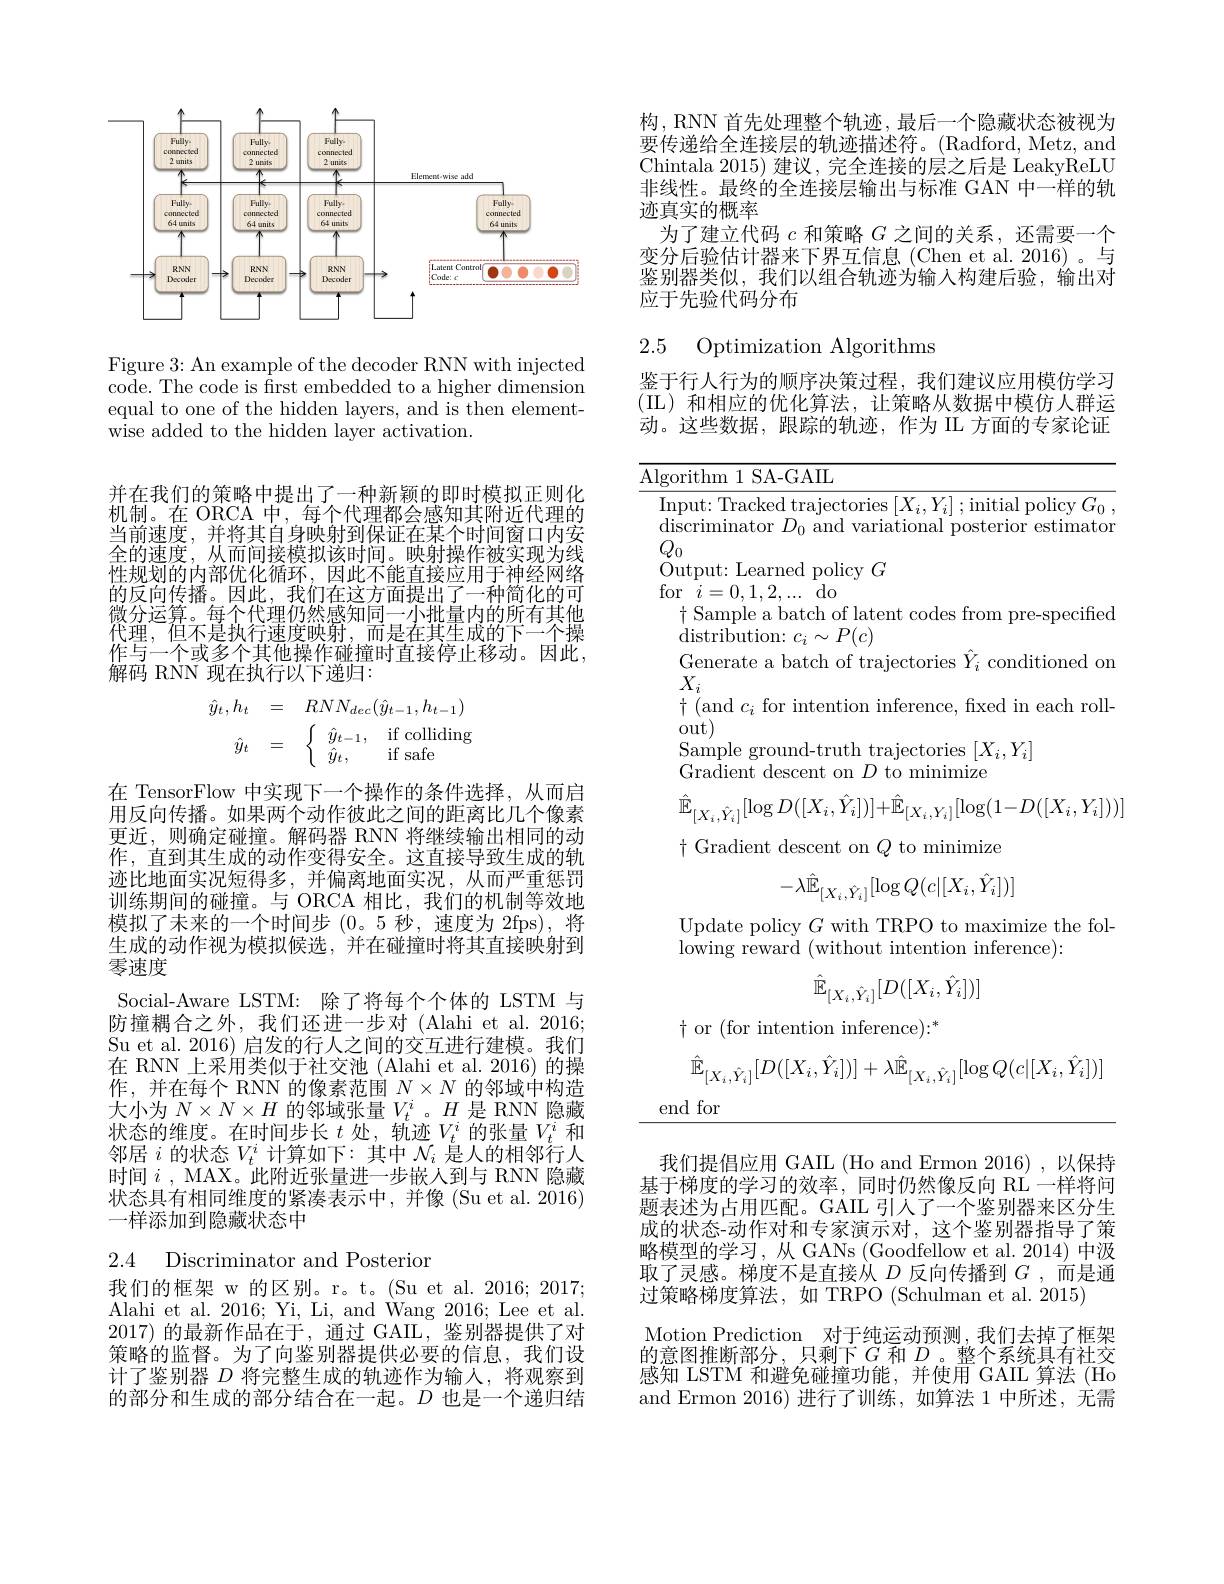
<FigureHere>

Figure 3: An example of the decoder RNN with injected code. The code is first embedded to a higher dimension equal to one of the hidden layers, and is then elementwise added to the hidden layer activation.

并在我们的策略中提出了一种新颖的即时模拟正则化机制。在 ORCA 中，每个代理都会感知其附近代理的当前速度，并将其自身映射到保证在某个时间窗口内安全的速度，从而间接模拟该时间。映射操作被实现为线性规划的内部优化循环，因此不能直接应用于神经网络的反向传播。因此，我们在这方面提出了一种简化的可微分运算。每个代理仍然感知同一小批量内的所有其他代理，但不是执行速度映射，而是在其生成的下一个操作与一个或多个其他操作碰撞时直接停止移动。因此， 解码 RNN 现在执行以下递归：
$$\begin{array}{rcl}\hat{y}_t,h_t&=&RNN_{dec}(\hat{y}_{t-1},h_{t-1})\\\hat{y}_t&=&\left\{\begin{array}{ll}\hat{y}_{t-1},&\text{if colliding}\\\hat{y}_t,&\text{if safe}\end{array}\right.\end{array}$$
在 TensorFlow 中实现下一个操作的条件选择，从而启用反向传播。如果两个动作彼此之间的距离比几个像素更近，则确定碰撞。解码器 RNN 将继续输出相同的动作，直到其生成的动作变得安全。这直接导致生成的轨迹比地面实况短得多，并偏离地面实况，从而严重惩罚训练期间的碰撞。与 ORCA 相比，我们的机制等效地模拟了未来的一个时间步 (0。5 秒，速度为 2fps), 将生成的动作视为模拟候选，并在碰撞时将其直接映射到零速度
Social-Aware LSTM: 除了将每个个体的 LSTM 与防撞耦合之外，我们还进一步对 (Alahi et al. 2016; Su et al. 2016) 启发的行人之间的交互进行建模。我们在 RNN 上采用类似于社交池 (Alahi et al.2016)的操$\begin{array}{l}\text{作，并在每个 RNN 的像素范围 }N\times N\text{ 的邻域中构造}\\\text{大小为 }N\times N\times H\text{ 的邻域张量 }V_{t}^{i}\text{。}H\text{ 是 RNN 隐藏}\end{array}$ 状态的维度。在时间步长$t$处，轨迹$V_t^i$的张量$V_t^i$和邻居$i$的状态$V_t^i$计算如下：其中$\mathcal{N}_i$是人的相邻行人时间$i$ , MAX。此附近张量进一步嵌人到与 RNN 隐藏状态具有相同维度的紧凑表示中，并像 (Su et al. 2016) 一样添加到隐藏状态中

2.4 Discriminator and Posterior

我们的框架 w 的区别。r。t。(Su et al. 2016; 2017; Alahi et al. 2016; Yi, Li, and Wang 2016; Lee et al. 2017)的最新作品在于，通过 GAIL,鉴别器提供了对策略的监督。为了向鉴别器提供必要的信息，我们设计了鉴别器$D$将完整生成的轨迹作为输人，将观察到的部分和生成的部分结合在一起。$D$也是一个递归结

构，RNN 首先处理整个轨迹，最后一个隐藏状态被视为要传递给全连接层的轨迹描述符。(Radford,Metz,and Chintala 2015)建议，完全连接的层之后是 LeakyReLU 非线性。最终的全连接层输出与标准 GAN 中一样的轨迹真实的概率
为了建立代码$c$和策略$G$之间的关系，还需要一个变分后验估计器来下界互信息(Chen et al.2016)。与鉴别器类似，我们以组合轨迹为输入构建后验，输出对应于先验代码分布

# 2.5 Optimization Algorithms

鉴于行人行为的顺序决策过程，我们建议应用模仿学习(IL)和相应的优化算法，让策略从数据中模仿人群运动。这些数据，跟踪的轨迹，作为 IL 方面的专家论证

Algorithm 1 SA-GAIL

Input: Tracked trajectories $[X_{i},Y_{i}];$initial policy $G_0$,

${\mathrm{discriminator~}D_{0}}{\mathrm{~and~variational~posterior~estimator}}$

$Q_{0}$

Output: Learned policy $G$

for$i=0,1,2,...$do

$\dagger$ Sample a batch of latent codes from pre-specified

${\mathrm{distribution:~}}c_{i}\sim P(c)$

Generate a batch of trajectories $\hat{Y}_i$ conditioned on

$X_{i}$

$\dagger$(and $c_i$ for intention inference, fixed in each roll-

out)

$\mathop{\mathrm{Sample~ground-truth~trajectories~}}[X_{i},Y_{i}]$

Gradient descent on $D$ to minimize
$$\hat{\mathbb{E}}_{[X_{i},\hat{Y}_{i}]}[\log D([X_{i},\hat{Y}_{i}])]+\hat{\mathbb{E}}_{[X_{i},Y_{i}]}[\log(1-D([X_{i},Y_{i}]))]$$
$\dagger$Gradient descent on $Q$ to minimize
$$-\lambda\hat{\mathbb{E}}_{[X_i,\hat{Y}_i]}[\log Q(c|[X_i,\hat{Y}_i])]$$
Update policy $G$ with TRPO to maximize the fol-
lowing reward (without intention inference):
$$\hat{\mathbb{E}}_{[X_i,\hat{Y}_i]}[D([X_i,\hat{Y}_i])]$$
$\dagger$ or (for intention inference):*
$$\hat{\mathbb{E}}_{[X_i,\hat{Y}_i]}[D([X_i,\hat{Y}_i])]+\lambda\hat{\mathbb{E}}_{[X_i,\hat{Y}_i]}[\log Q(c|[X_i,\hat{Y}_i])]$$
end for

我们提倡应用 GAIL (Ho and Ermon 2016),以保持基于梯度的学习的效率，同时仍然像反向 RL 一样将问题表述为占用匹配。GAIL 引人了一个鉴别器来区分生成的状态-动作对和专家演示对，这个鉴别器指导了策略模型的学习，从 GANs (Goodfellow et al. 2014) 中汲取了灵感。梯度不是直接从$D$反向传播到$G$,而是通过策略梯度算法，如 TRPO (Schulman et al. 2015)
Motion Prediction 对于纯运动预测，我们去掉了框架的意图推断部分，只剩下$G$和$D$ 。整个系统具有社交感知 LSTM 和避免碰撞功能，并使用 GAIL 算法 (Ho and Ermon 2016)进行了训练，如算法 1 中所述，无需